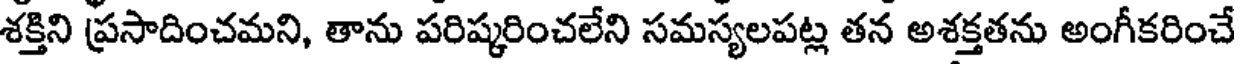
శక్తిని ప్రసాదించమని, తాను పరిష్కరించలేని సమస్యలపట్ల తన అశక్తతను అంగీకరించే